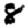
Digit: 8